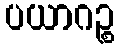
ပယာဂဉ္စ